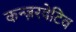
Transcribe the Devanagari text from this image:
कन्ज़रवेटिव